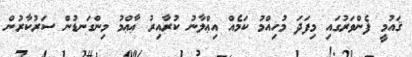
ޤައުމީ ފެންވަރުގައި މިފަދަ މުހިއްމު ކަމެއް އިޢްލާނު ކުރާއިރު ޢާޢްމު މިންގަނޑުން ސަރުކާރުން